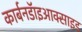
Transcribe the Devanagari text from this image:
कार्बनडॅाइआक्साइड